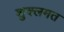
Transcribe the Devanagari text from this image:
शुक्लमत